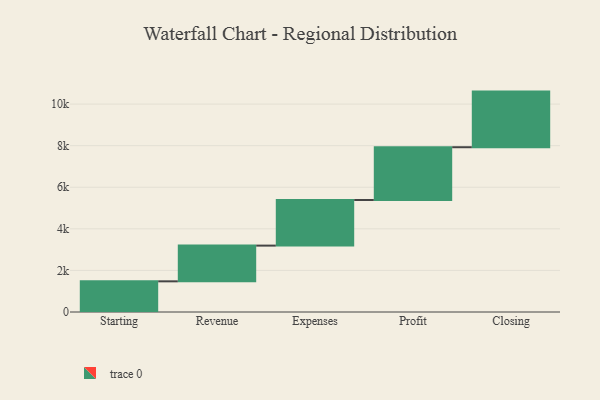
{"axis": {"x": "Step", "y": "Value"}, "legend": [""], "data": [{"x": "Starting", "y": 1475.0, "type": ""}, {"x": "Revenue", "y": 1718.0, "type": ""}, {"x": "Expenses", "y": 2194.0, "type": ""}, {"x": "Profit", "y": 2538.0, "type": ""}, {"x": "Closing", "y": 2675.0, "type": ""}]}